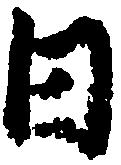
日